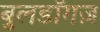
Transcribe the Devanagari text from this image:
बुलडॉगज़